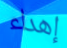
إهداء